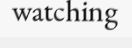
watching